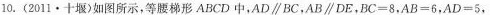
10.(2011·十堰)如图所示，等腰梯形ABCD中，AD//BC，AB//DE，$$BC = 8$$，$$AB = 6$$，$$AD = 5$$，